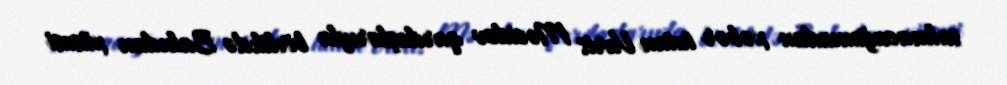
salınacağımızdan xəbər tutan Varis Məcidov qardaşlarıyla birlikdə Bakıdan xüsusi